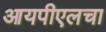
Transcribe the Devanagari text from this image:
आयपीएलचा